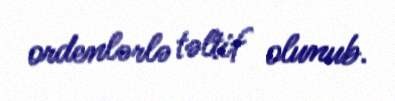
ordenlərlə təltif olunub.